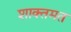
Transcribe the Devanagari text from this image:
शाक्तमत